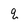
Character: q